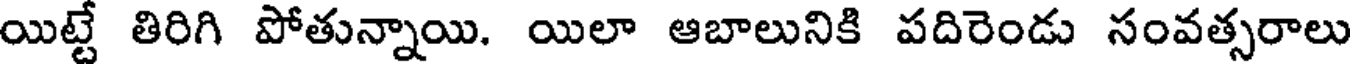
యిట్టే తిరిగి పోతున్నాయి. యిలా ఆబాలునికి పదిరెండు సంవత్సరాలు